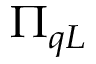
\Pi _ { q L }